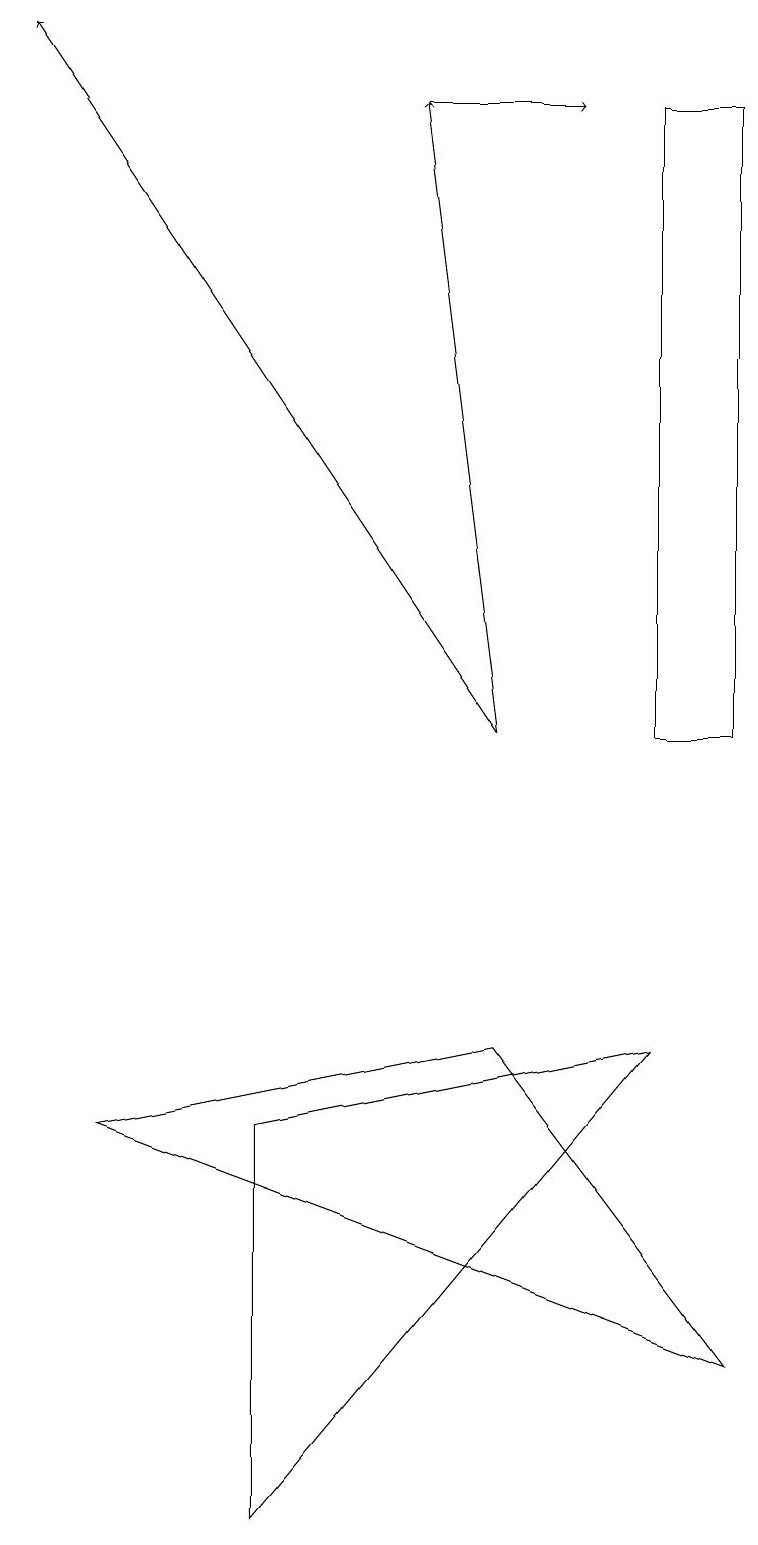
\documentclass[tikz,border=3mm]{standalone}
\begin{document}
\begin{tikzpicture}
\draw[->] (6,10) -- (0,19);
\draw (9,10) rectangle (8,18);
\draw (8,6) -- (3,0) -- (3,5) -- cycle;
\draw[->] (5,18) -- (7,18);
\draw (1,5) -- (9,2) -- (6,6) -- cycle;
\draw[->] (6,10) -- (5,18);
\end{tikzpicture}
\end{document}